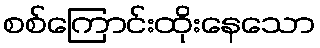
စစ်ကြောင်းထိုးနေသော